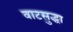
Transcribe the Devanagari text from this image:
वाटसुद्धा